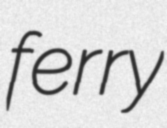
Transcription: ferry